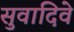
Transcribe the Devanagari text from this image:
सुवादिवे